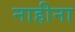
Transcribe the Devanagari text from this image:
नाहीना